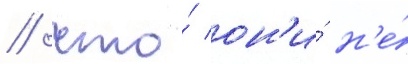
/ что́ он'и́ н'е́